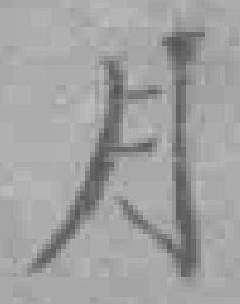
月